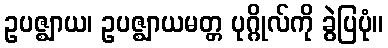
ဥပဇ္ဈာယ၊ ဥပဇ္ဈာယမတ္တ ပုဂ္ဂိုလ်ကို ခွဲပြပုံ။